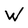
Character: W